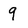
Character: 9